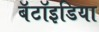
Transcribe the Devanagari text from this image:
बॅटॉइडिया